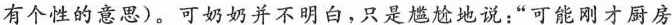
有个性的意思)。可奶奶并不明白，只是尴尬地说：”可能刚才厨房